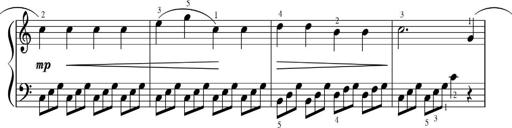
Title: Sonatinas
Composer: Andrew Violette